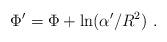
LaTeX: \begin{align*}\Phi^\prime = \Phi+ {\rm ln}(\alpha^\prime/R^2) \ .\end{align*}